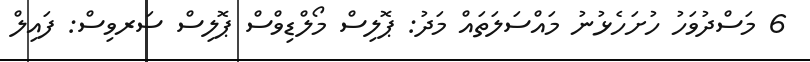
6 މަސްދުވަހު ހުށަހެޅުނު މައްސަލަތައް މަދު: ޕޮލިސް މޯލްޑިވްސް ޕޮލިސް ސަރވިސް: ފައިލް